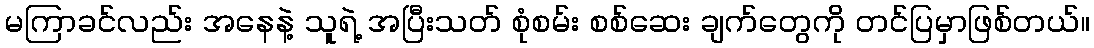
မကြာခင်လည်း အနေနဲ့ သူရဲ့ အပြီးသတ် စုံစမ်း စစ်ဆေး ချက်တွေကို တင်ပြမှာဖြစ်တယ်။